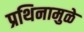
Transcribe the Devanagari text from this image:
प्रथिनामुळे